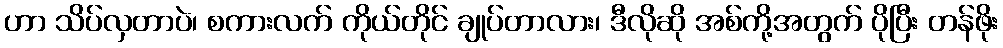
ဟာ သိပ်လှတာပဲ၊ စကားလက် ကိုယ်တိုင် ချုပ်တာလား၊ ဒီလိုဆို အစ်ကို့အတွက် ပိုပြီး တန်ဖိုး